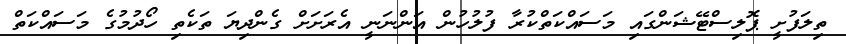
ތިލަފުށީ ޕޮލިސްޓޭޝަންގައި މަސައްކަތްކުރާ ފުލުހުން އަންނަނީ އެރަށަށް ގެންދިޔަ ތަކެތި ހޯދުމުގެ މަސައްކަތް